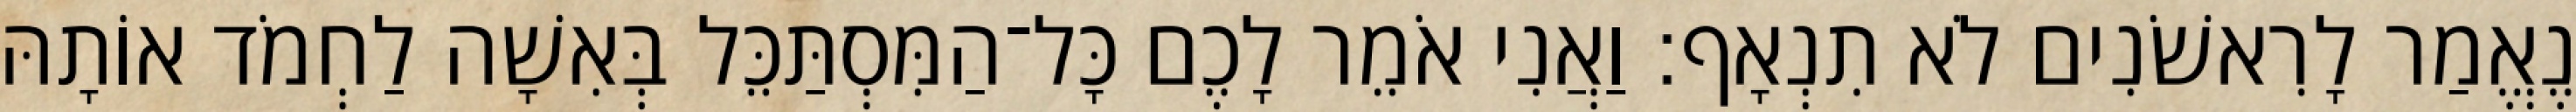
נֶאֱמַר לָרִאשֹׁנִים לֹא תִנְאָף׃ וַאֲנִי אֹמֵר לָכֶם כָּל־הַמִּסְתַּכֵּל בְּאִשָׁה לַחְמֹד אוֹתָהּ